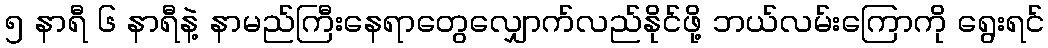
၅ နာရီ ၆ နာရီနဲ့ နာမည်ကြီးနေရာတွေလျှောက်လည်နိုင်ဖို့ ဘယ်လမ်းကြောကို ရွေးရင်